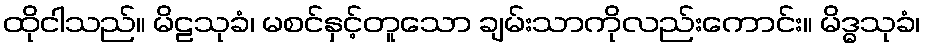
ထိုငါသည်။ မိဠသုခံ၊ မစင်နှင့်တူသော ချမ်းသာကိုလည်းကောင်း။ မိဒ္ဓသုခံ၊